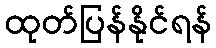
ထုတ်ပြန်နိုင်ရန်